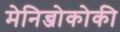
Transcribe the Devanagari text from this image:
मेनिन्जोकोकी